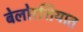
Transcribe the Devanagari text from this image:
बेलोरशियात